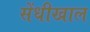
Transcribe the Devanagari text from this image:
सेंधीखाल